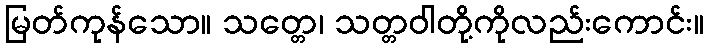
မြတ်ကုန်သော။ သတ္တေ၊ သတ္တဝါတို့ကိုလည်းကောင်း။